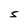
Character: S